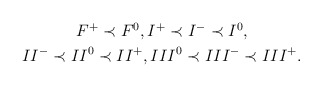
\begin{align*}\begin{gathered} F^+\prec F^0, I^+\prec I^-\prec I^0, \cr II^-\prec II^0\prec II^+, III^0\prec III^-\prec III^+. \end{gathered}\end{align*}